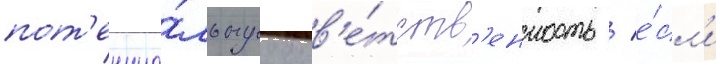
пот'енциа́льнуу отв'е́тств'енность / е́сл'и